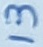
Text: 13